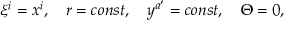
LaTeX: \xi ^ { i } = x ^ { i } , \quad r = c o n s t , \quad y ^ { a ^ { \prime } } = c o n s t , \quad \Theta = 0 ,